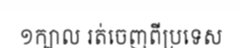
១ក្បាល រត់ចេញពីប្រទេស